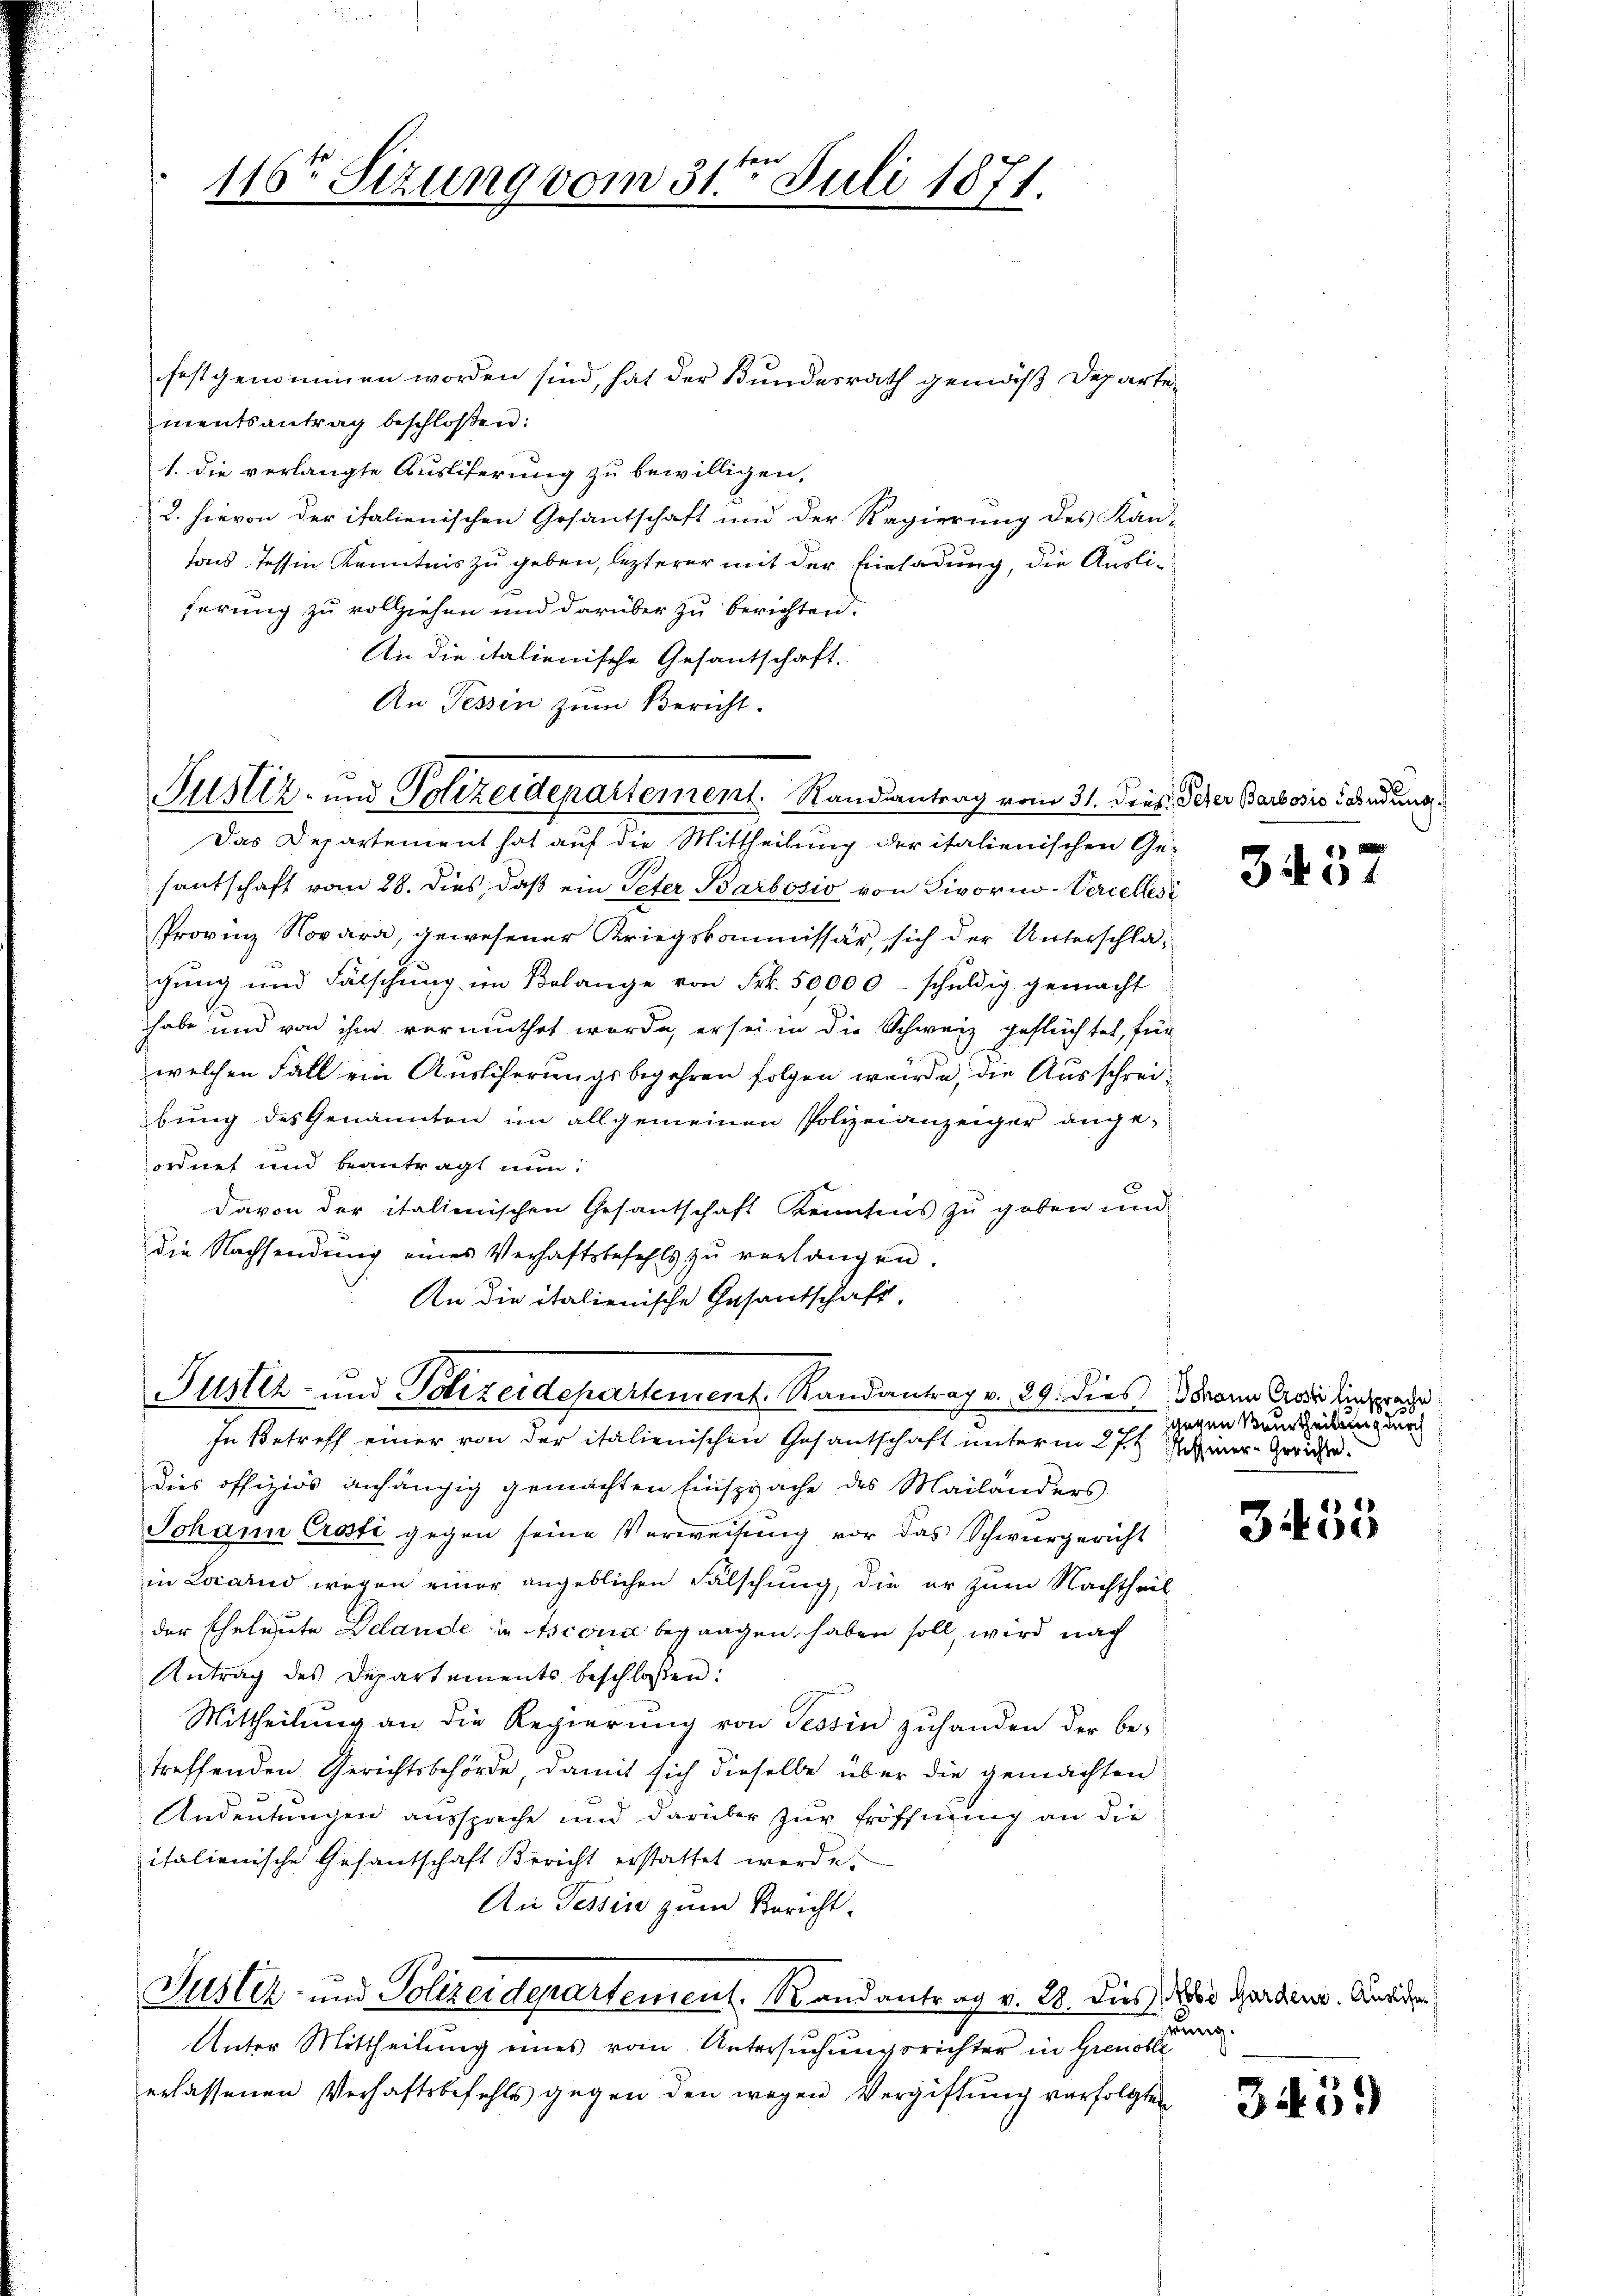
116ten Sizung vom 31ten Juli 1871.

festgenommen worden sind, hat der Bundesrath gemäß Departementsantrag beschloßen:
1. die verlangte Ausliferung zu bewilligen,
2. hievon der italienischen Gesantschaft und der Regierung des Kan-
tons Tessin Kenntnis zu geben, lezterer mit der Einladung, die Ausliferung zu vollziehen und darüber zu berichten.
An die italienische Gesantschaft.
An Tessin zum Bericht.
Das Departement hat auf die Mittheilung der italienischen Ge-
santschaft vom 28. dies, daß ein Peter Barbosio von Livorno-Veriellesi
Provinz Novara, gewesener Kriegskommissär, sich der Unterschla-
gung und Fälschung im Belange von Frk. 50,000 - schuldig gemacht
habe und von ihm vermuthet worde, er sei in die Schweiz geflüchtet, für
welchen Fall ein Auslicherungsbegehren folgen würde, die Ausschreibung des Genannten im allgemeinen Polizeianzeiger ange-
ordnet und beantragt nun:
e
davon der italienischen Gesantschaft Kenntnis zu geben und
die Nachsendung eines Verhaftsbefehls zu verlangen.
An die italienische Gesandschaft,
Justiz- und Polizeidepartement. Randantrag v. 89. dies dann Grade Einsprache
In Betreff einer von der italienischen Gesantschaft unterm 27. t Seiner-Gerichte.
Dies offiziös anhängig gemachten Einsprache des Mailanders
Johann Crosti gegen seine Verweisung vor das Schwurgericht
in Locarnd wegen einer angeblichen Fälschung, die er zum Nachtheil
der Eheleute Delande in Asconi begangen haben soll, wird nach
Antrag des Departements beschlossen:
Mittheilung an die Regierung von Tessin zuhanden der be-
treffenden Gerichtsbehörde, damit sich dieselbe über die gemachten
Andeutungen ausspreche und darüber zur Eröffnung an die
italienische Gesantschaft Bericht erstattet werde.
An Tessin zum Bericht.

e
Justiz- und Polizeidepartement. Randantrag vom 31. Dies. Scher Barbosis Sendung

Justiz- und Polizeidepartement. Mandantrag v. 28. Dies die Garden. Ansiche

Unter Mittheilung eines vom Untersuchungsrichter in Greuolle
erlassenen Verhaftsbefehls gegen den wegen Vergiftung verfolgten

3437

gegen Beurtheilung durch

3435

rung.

3459